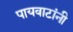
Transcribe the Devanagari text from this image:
पायवाटांनी